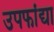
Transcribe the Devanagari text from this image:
उपफांद्या